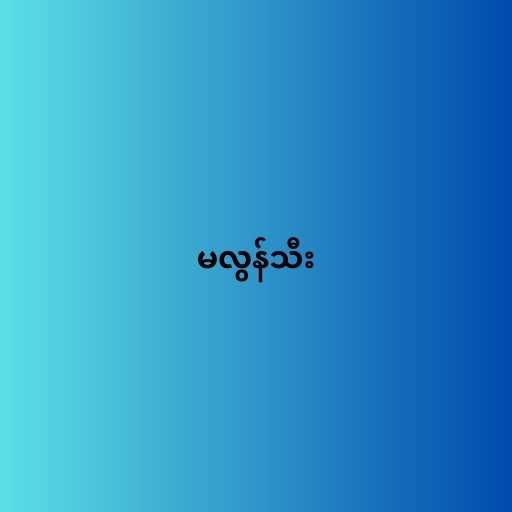
မလွန်သီး